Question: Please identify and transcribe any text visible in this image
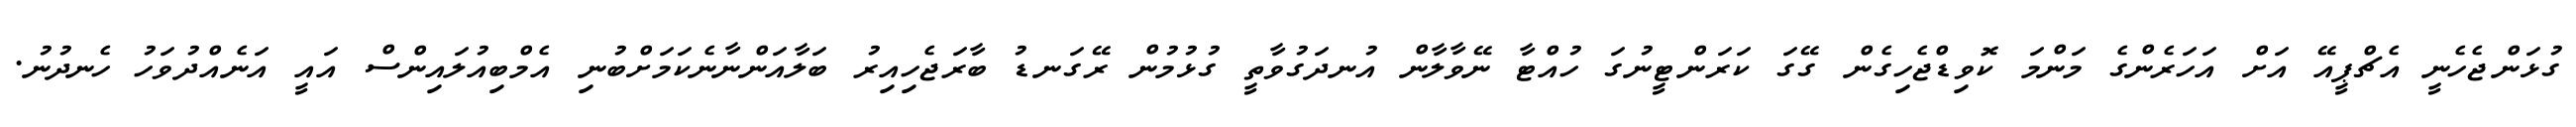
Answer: ގުޅަންޖެހެނީ އެޗްޕީއޭ އަށް އަހަރެންގެ މަންމަ ކޮވިޑްޖެހިގެން ގޭގަ ކަރަންޓީނުގަ ހުއްޓާ ނޭވާލާން އުނދަގުވާތީ ގުޅުމުން ރޭގަނޑު ބާރަޖެހިއިރު ބަލާއަންނާނެކަމަށްބުނި އެމްބިއުލައިންސް އައީ އަނެއްދުވަހު ހެނދުނު.